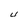
Character: U